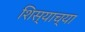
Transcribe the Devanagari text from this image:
शिस्याच्या